Vaccination United Provinces of Agra and Oudh 1902-1913 - 1902-1913
Year: 1902
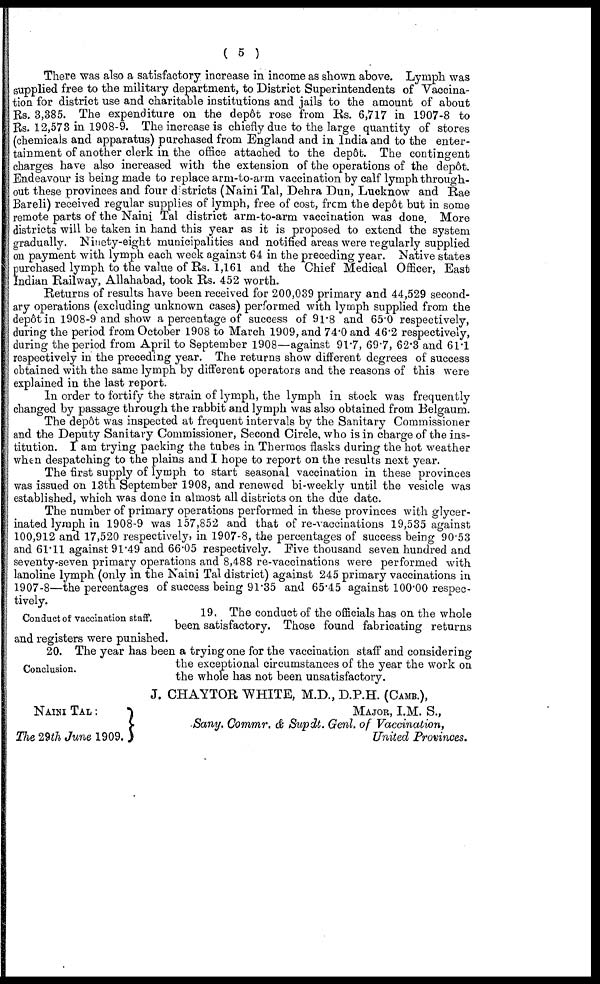
( 5 )
There was also a satisfactory increase in income as shown above. Lymph was
supplied free to the military department, to District Superintendents of Vaccina-
tion for district use and charitable institutions and jails to the amount of about
Rs. 3,385. The expenditure on the depôt rose from Rs. 6,717 in 1907-8 to
Rs. 12,578 in 1908-9. The increase is chiefly due to the large quantity of stores
(chemicals and apparatus) purchased from England and in India and to the enter-
tainment of another clerk in the office attached to the depôt. The contingent
charges have also increased with the extension of the operations of the depôt.
Endeavour is being made to replace arm-to-arm vaccination by calf lymph through-
out these provinces and four districts (Naini Tal, Dehra Dun, Lucknow and Rae
Bareli) received regular supplies of lymph, free of cost, from the depôt but in some
remote parts of the Naini Tal district arm-to-arm vaccination was done. More
districts will be taken in hand this year as it is proposed to extend the system
gradually. Ninety-eight municipalities and notified areas were regularly supplied
on payment with lymph each week against 64 in the preceding year. Native states
purchased lymph to the value of Rs. 1,161 and the Chief Medical Officer, East
Indian Railway, Allahabad, took Rs. 452 worth.
Returns of results have been received for 200,039 primary and 44,529 second-
ary operations (excluding unknown cases) performed with lymph supplied from the
depôt in 1908-9 and show a percentage of success of 91.8 and 65.0 respectively,
during the period from October 1908 to March 1909, and 74.0 and 46.2 respectively,
during the period from April to September 1908—against 91.7, 69.7, 62.3 and 61.1
respectively in the preceding year. The returns show different degrees of success
obtained with the same lymph by different operators and the reasons of this were
explained in the last report.
In order to fortify the strain of lymph, the lymph in stock was frequently
changed by passage through the rabbit and lymph was also obtained from Belgaum.
The depot was inspected at frequent intervals by the Sanitary Commissioner
and the Deputy Sanitary Commissioner, Second Circle, who is in charge of the ins-
titution. I am trying packing the tubes in Thermos flasks during the hot weather
when despatching to the plains and I hope to report on the results next year.
The first supply of lymph to start seasonal vaccination in these provinces
was issued on 13th September 1908, and renewed bi-weekly until the vesicle was
established, which was done in almost all districts on the due date.
The number of primary operations performed in these provinces with glycer-
inated lymph in 1908-9 was 157,852 and that of re-vaccinations 19,535 against
100,912 and 17,520 respectively, in 1907-8, the percentages of success being 90.53
and 61.11 against 91.49 and 66.05 respectively. Five thousand seven hundred and
seventy-seven primary operations and 8,488 re-vaccinations were performed with
lanoline lymph (only in the Naini Tal district) against 245 primary vaccinations in
1907-8—the percentages of success being 91.35 and 65.45 against 100.00 respec-
tively.
Conduct of vaccination staff.
19, The conduct of the officials has on the whole
been satisfactory. Those found fabricating returns
and registers were punished.
Conclusion.
20. The year has been a trying one for the vaccination staff and considering
the exceptional circumstances of the year the work on
the whole has not been unsatisfactory.
NAINI TAL :
The 29th June 1909.
J. CHAYTOR WHITE, M.D., D.P.H. (CAMB.),
MAJOR, I.M. S.,
Sany. Commr. & Supdt. Genl. of Vaccination,
United Provinces.